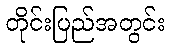
တိုင်းပြည်အတွင်း